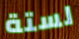
لستة